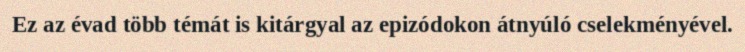
Ez az évad több témát is kitárgyal az epizódokon átnyúló cselekményével.